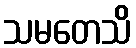
သမတေသိ